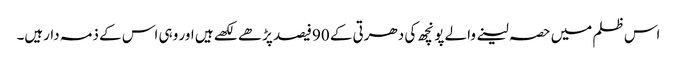
اس ظلم میں حصہ لینے والے پونچھ کی دھرتی کے 90فیصد پڑھے لکھے ہیں اور وہی اس کے ذمہ دارہیں۔